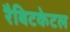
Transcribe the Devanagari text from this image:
रैबिटकेटल